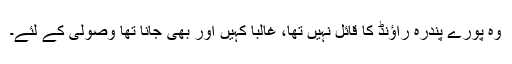
وہ پورے پندرہ راؤنڈ کا قائل نہیں تھا، غالباً کہیں اور بھی جانا تھا وصولی کے لئے۔